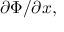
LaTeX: \partial \Phi / \partial { x } ,